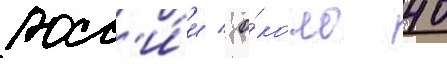
росс'и́и / о́коло 40